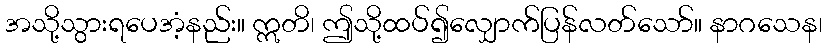
အသို့သွားရပေအံ့နည်း။ ဣတိ၊ ဤသို့ထပ်၍လျှောက်ပြန်လတ်သော်။ နာဂသေန၊